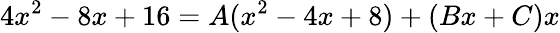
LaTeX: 4x^{2}-8x+16=A(x^{2}-4x+8)+(Bx+C)x